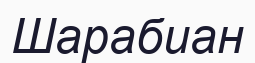
Шарабиан